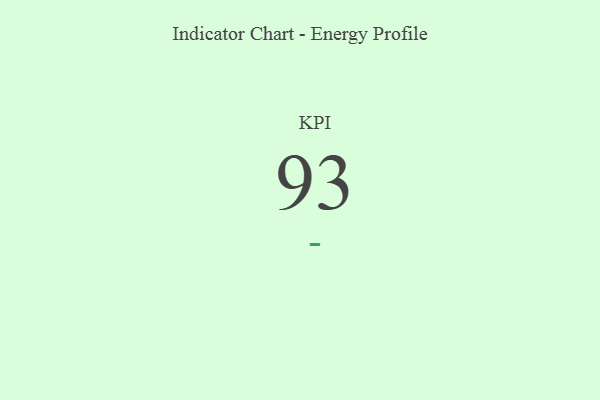
{"axis": {"x": "KPI", "y": "Value"}, "legend": [""], "data": [{"x": "KPI", "y": 93, "type": ""}]}